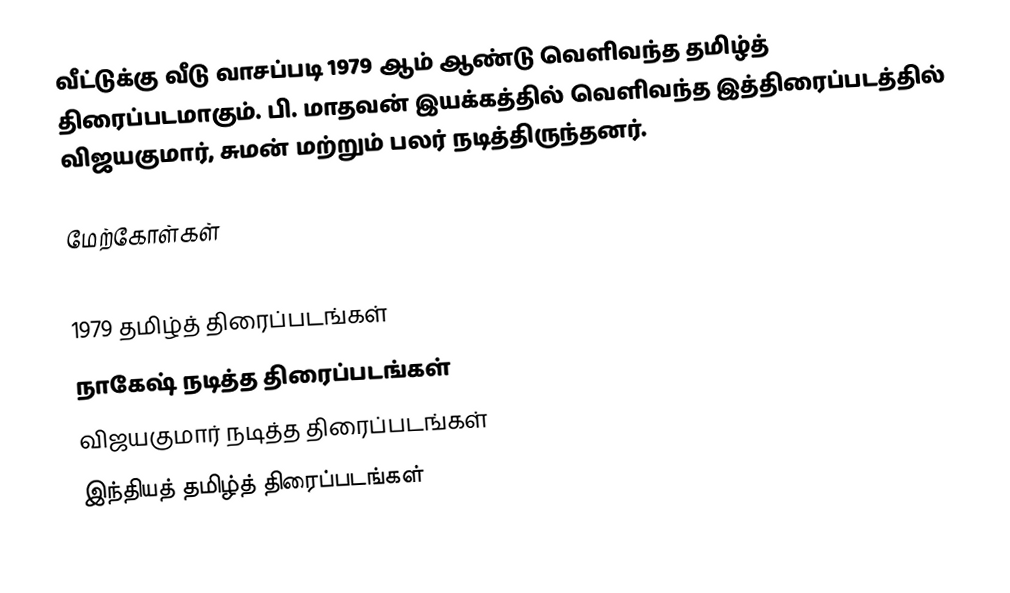
வீட்டுக்கு வீடு வாசப்படி 1979 ஆம் ஆண்டு வெளிவந்த தமிழ்த் திரைப்படமாகும். பி. மாதவன் இயக்கத்தில் வெளிவந்த இத்திரைப்படத்தில் விஜயகுமார், சுமன் மற்றும் பலர் நடித்திருந்தனர்.

மேற்கோள்கள்

1979 தமிழ்த் திரைப்படங்கள்
நாகேஷ் நடித்த திரைப்படங்கள்
விஜயகுமார் நடித்த திரைப்படங்கள்
இந்தியத் தமிழ்த் திரைப்படங்கள்